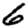
Digit: 6